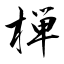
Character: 椫